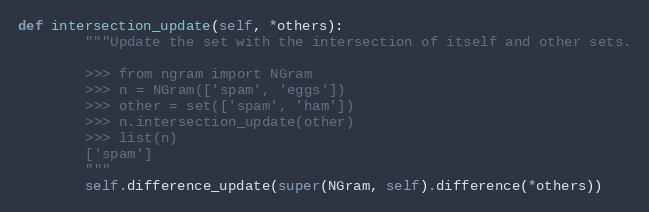
Language: Python
def intersection_update(self, *others):
        """Update the set with the intersection of itself and other sets.

        >>> from ngram import NGram
        >>> n = NGram(['spam', 'eggs'])
        >>> other = set(['spam', 'ham'])
        >>> n.intersection_update(other)
        >>> list(n)
        ['spam']
        """
        self.difference_update(super(NGram, self).difference(*others))